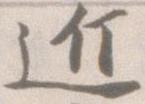
近